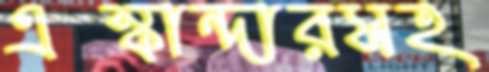
এস্কান্দারসহ